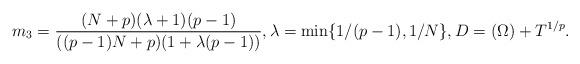
LaTeX: \begin{align*}m_3=\frac{(N+p)(\lambda +1)(p-1)}{((p-1)N+p)(1+\lambda (p-1))},\lambda =\min \{1/(p-1),1/N\},D=(\Omega )+T^{1/p}.\end{align*}